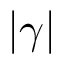
| \gamma |